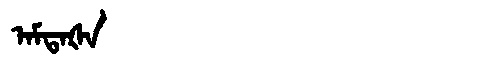
Manchu: ᠠᠮᡨᠠᡧᠠ
Romanization: AMTAŠA